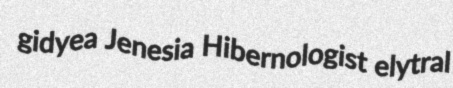
gidyea Jenesia Hibernologist elytral